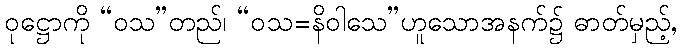
ဝုဋ္ဌောကို “ဝသ”တည်၊ “ဝသ=နိဝါသေ”ဟူသောအနက်၌ ဓာတ်မှည့်,